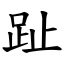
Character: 趾